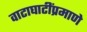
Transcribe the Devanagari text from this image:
वाटाघाटींप्रमाणे